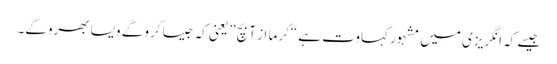
جیسے کہ انگریزی میں مشہور کہاوت ہے “کرما از آ بچ” یعنی کہ جیسا کرو گے ویسا بھروگے۔